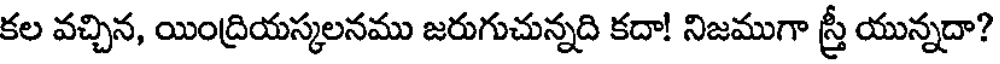
కల వచ్చిన, యింద్రియస్కలనము జరుగుచున్నది కదా! నిజముగా స్త్రీ యున్నదా?